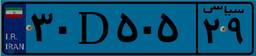
۳۰D۵۰۵۲۹